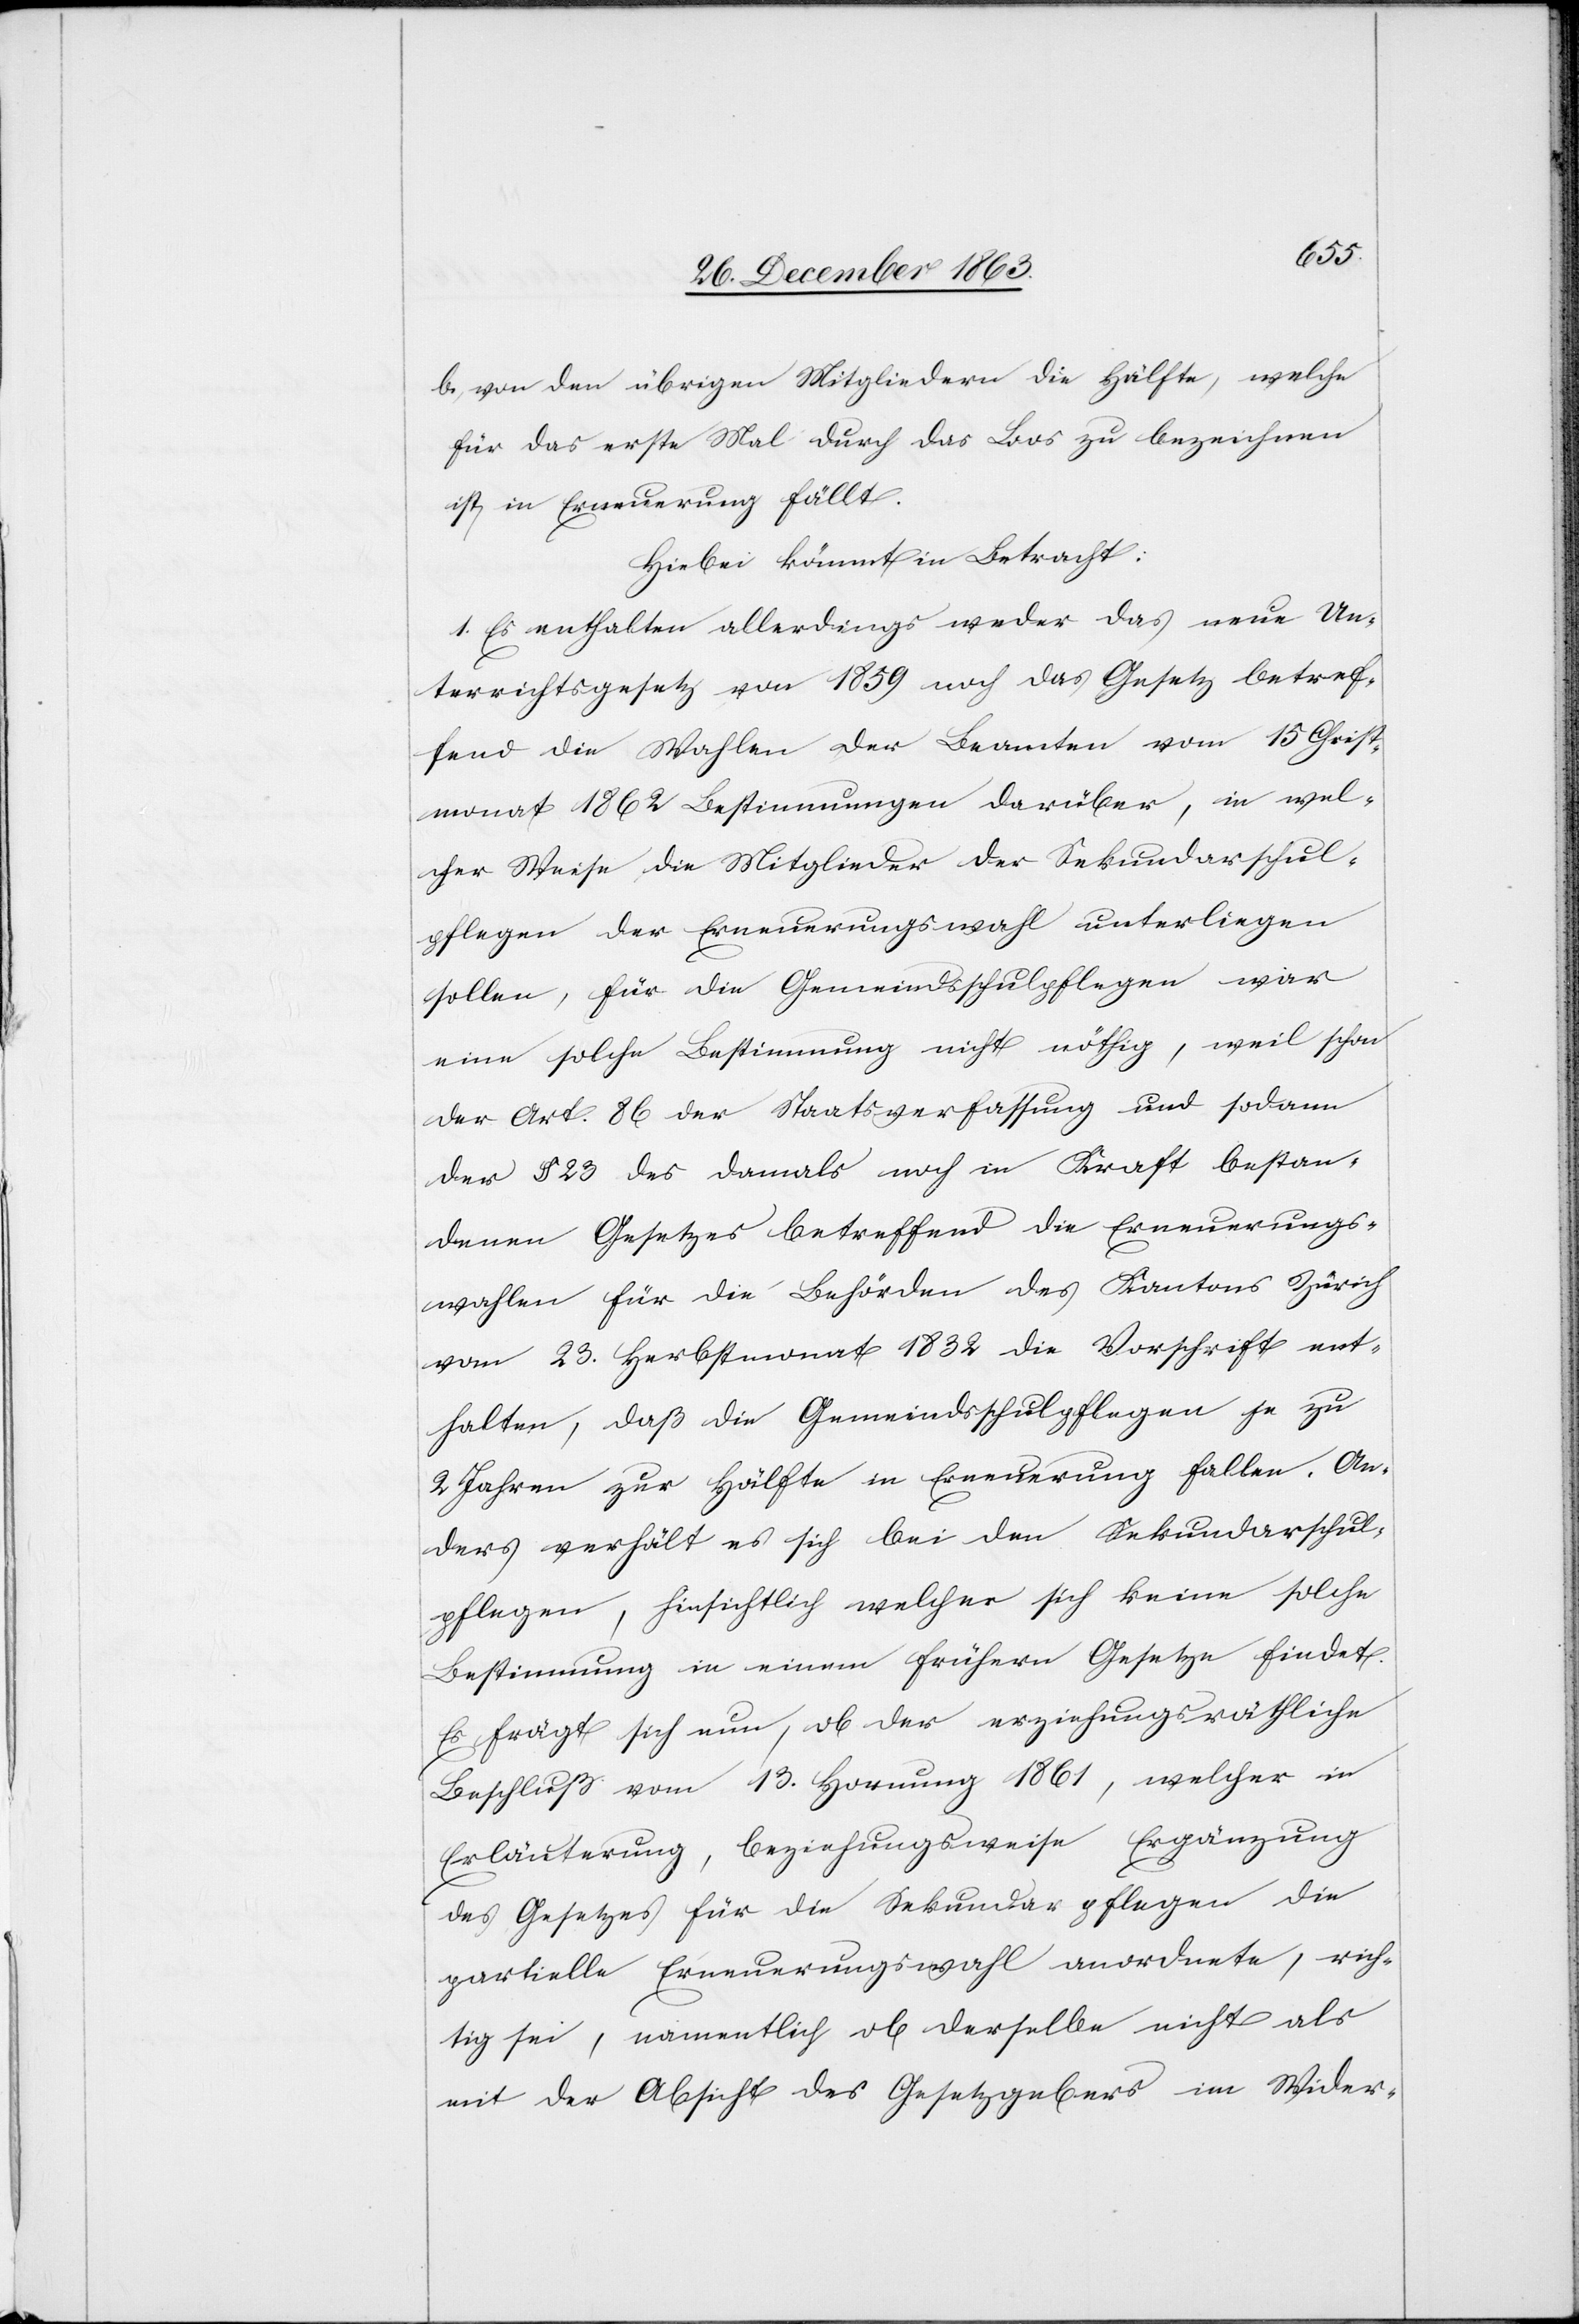
b. von den übrigen Mitgliedern die Hälfte, welche
für das erste Mal durch das Loos zu bezeichnen
ist, in Erneuerung fällt.
Hiebei kömmt in Betracht:
1. Es enthalten allerdings weder das neue Un¬
terrichtsgesetz von 1859 noch das Gesetz betref¬
fend die Wahlen der Beamten vom 15 Christ¬
monat 1862 Bestimmungen darüber, in wel¬
cher Weise die Mitglieder der Sekundarschul¬
pflegen der Erneuerungswahl unterliegen
sollen, für die Gemeindsschulpflegen war
eine solche Bestimmung nicht nöthig, weil schon
der Art. 86 der Staatsverfassung und sodann
der § 23 des damals noch in Kraft bestan¬
denen Gesetzes betreffend die Erneuerungs¬
wahlen für die Behörden des Kantons Zürich
vom 23. Herbstmonat 1832 die Vorschrift ent¬
halten, daß die Gemeindsschulpflegen je zu
2 Jahren zur Hälfte in Erneuerung fallen. An¬
ders verhält es sich bei den Sekundarschul¬
pflegen, hinsichtlich welcher sich keine solche
Bestimmung in einem frühern Gesetze findet.
Es frägt sich nun, ob der erziehungsräthliche
Beschluß vom 13. Hornung 1861, welcher in
Erläuterung, beziehungsweise Ergänzung
des Gesetzes für die Sekundarpflegen die
partielle Erneuerungswahl anordnete, rich¬
tig sei, namentlich ob derselbe nicht als
mit der Absicht des Gesetzgebers im Wider-